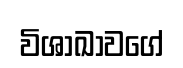
විශාඛාවගේ